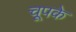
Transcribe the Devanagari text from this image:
चूपके